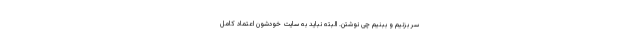
سر بزنیم و ببنیم چی نوشتن. البته نباید به سایت خودشون اعتماد کامل